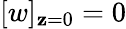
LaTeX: [w]_{\mathbf{z}=0}=0